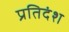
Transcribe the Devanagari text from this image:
प्रतिदंश